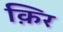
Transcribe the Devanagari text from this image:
क़िर